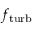
f _ { \mathrm { t u r b } }